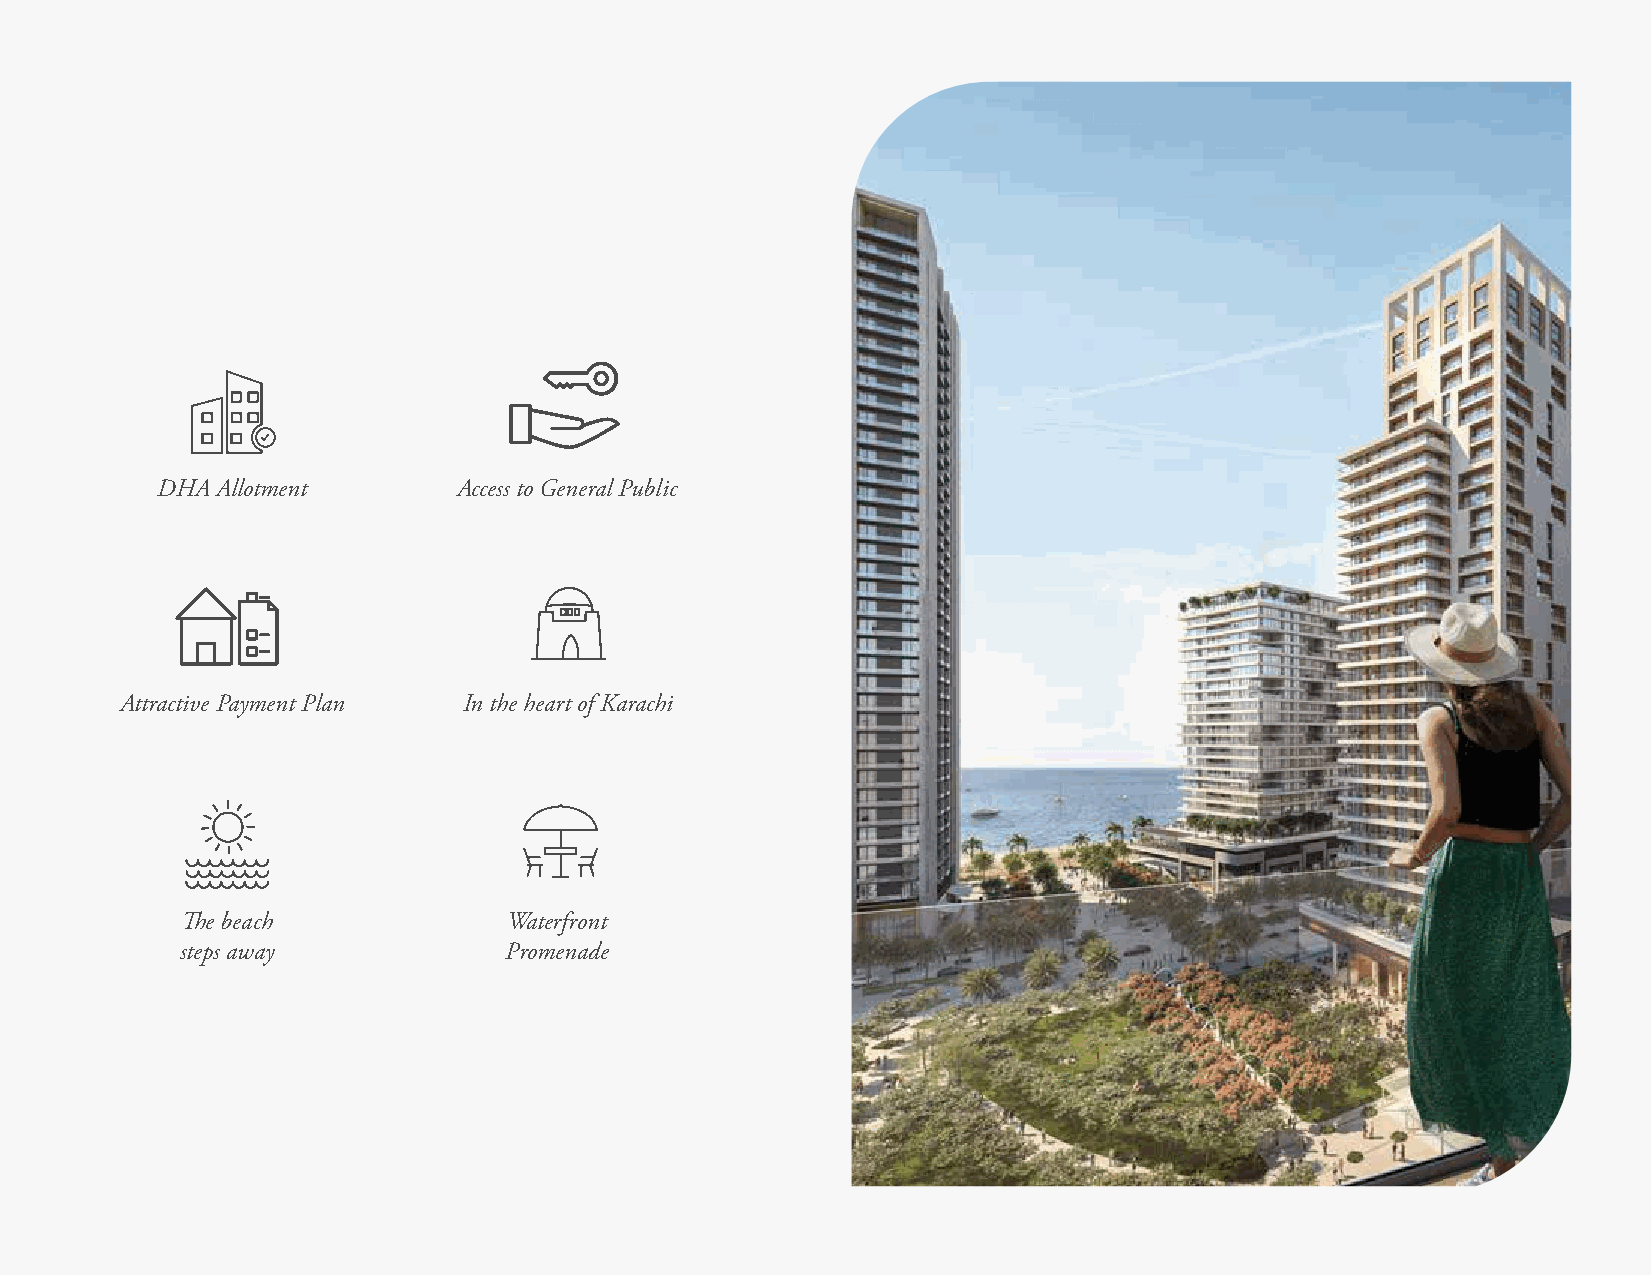
DHA Allotment       Access to General Public
 Attractive Payment Plan In the heart of Karachi
 The beach             Waterfront
 steps away           Promenade